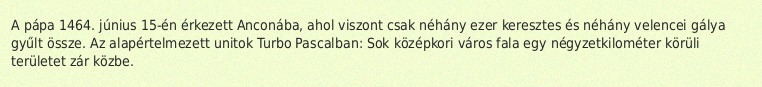
A pápa 1464. június 15-én érkezett Anconába, ahol viszont csak néhány ezer keresztes és néhány velencei gálya gyűlt össze. Az alapértelmezett unitok Turbo Pascalban: Sok középkori város fala egy négyzetkilométer körüli területet zár közbe.